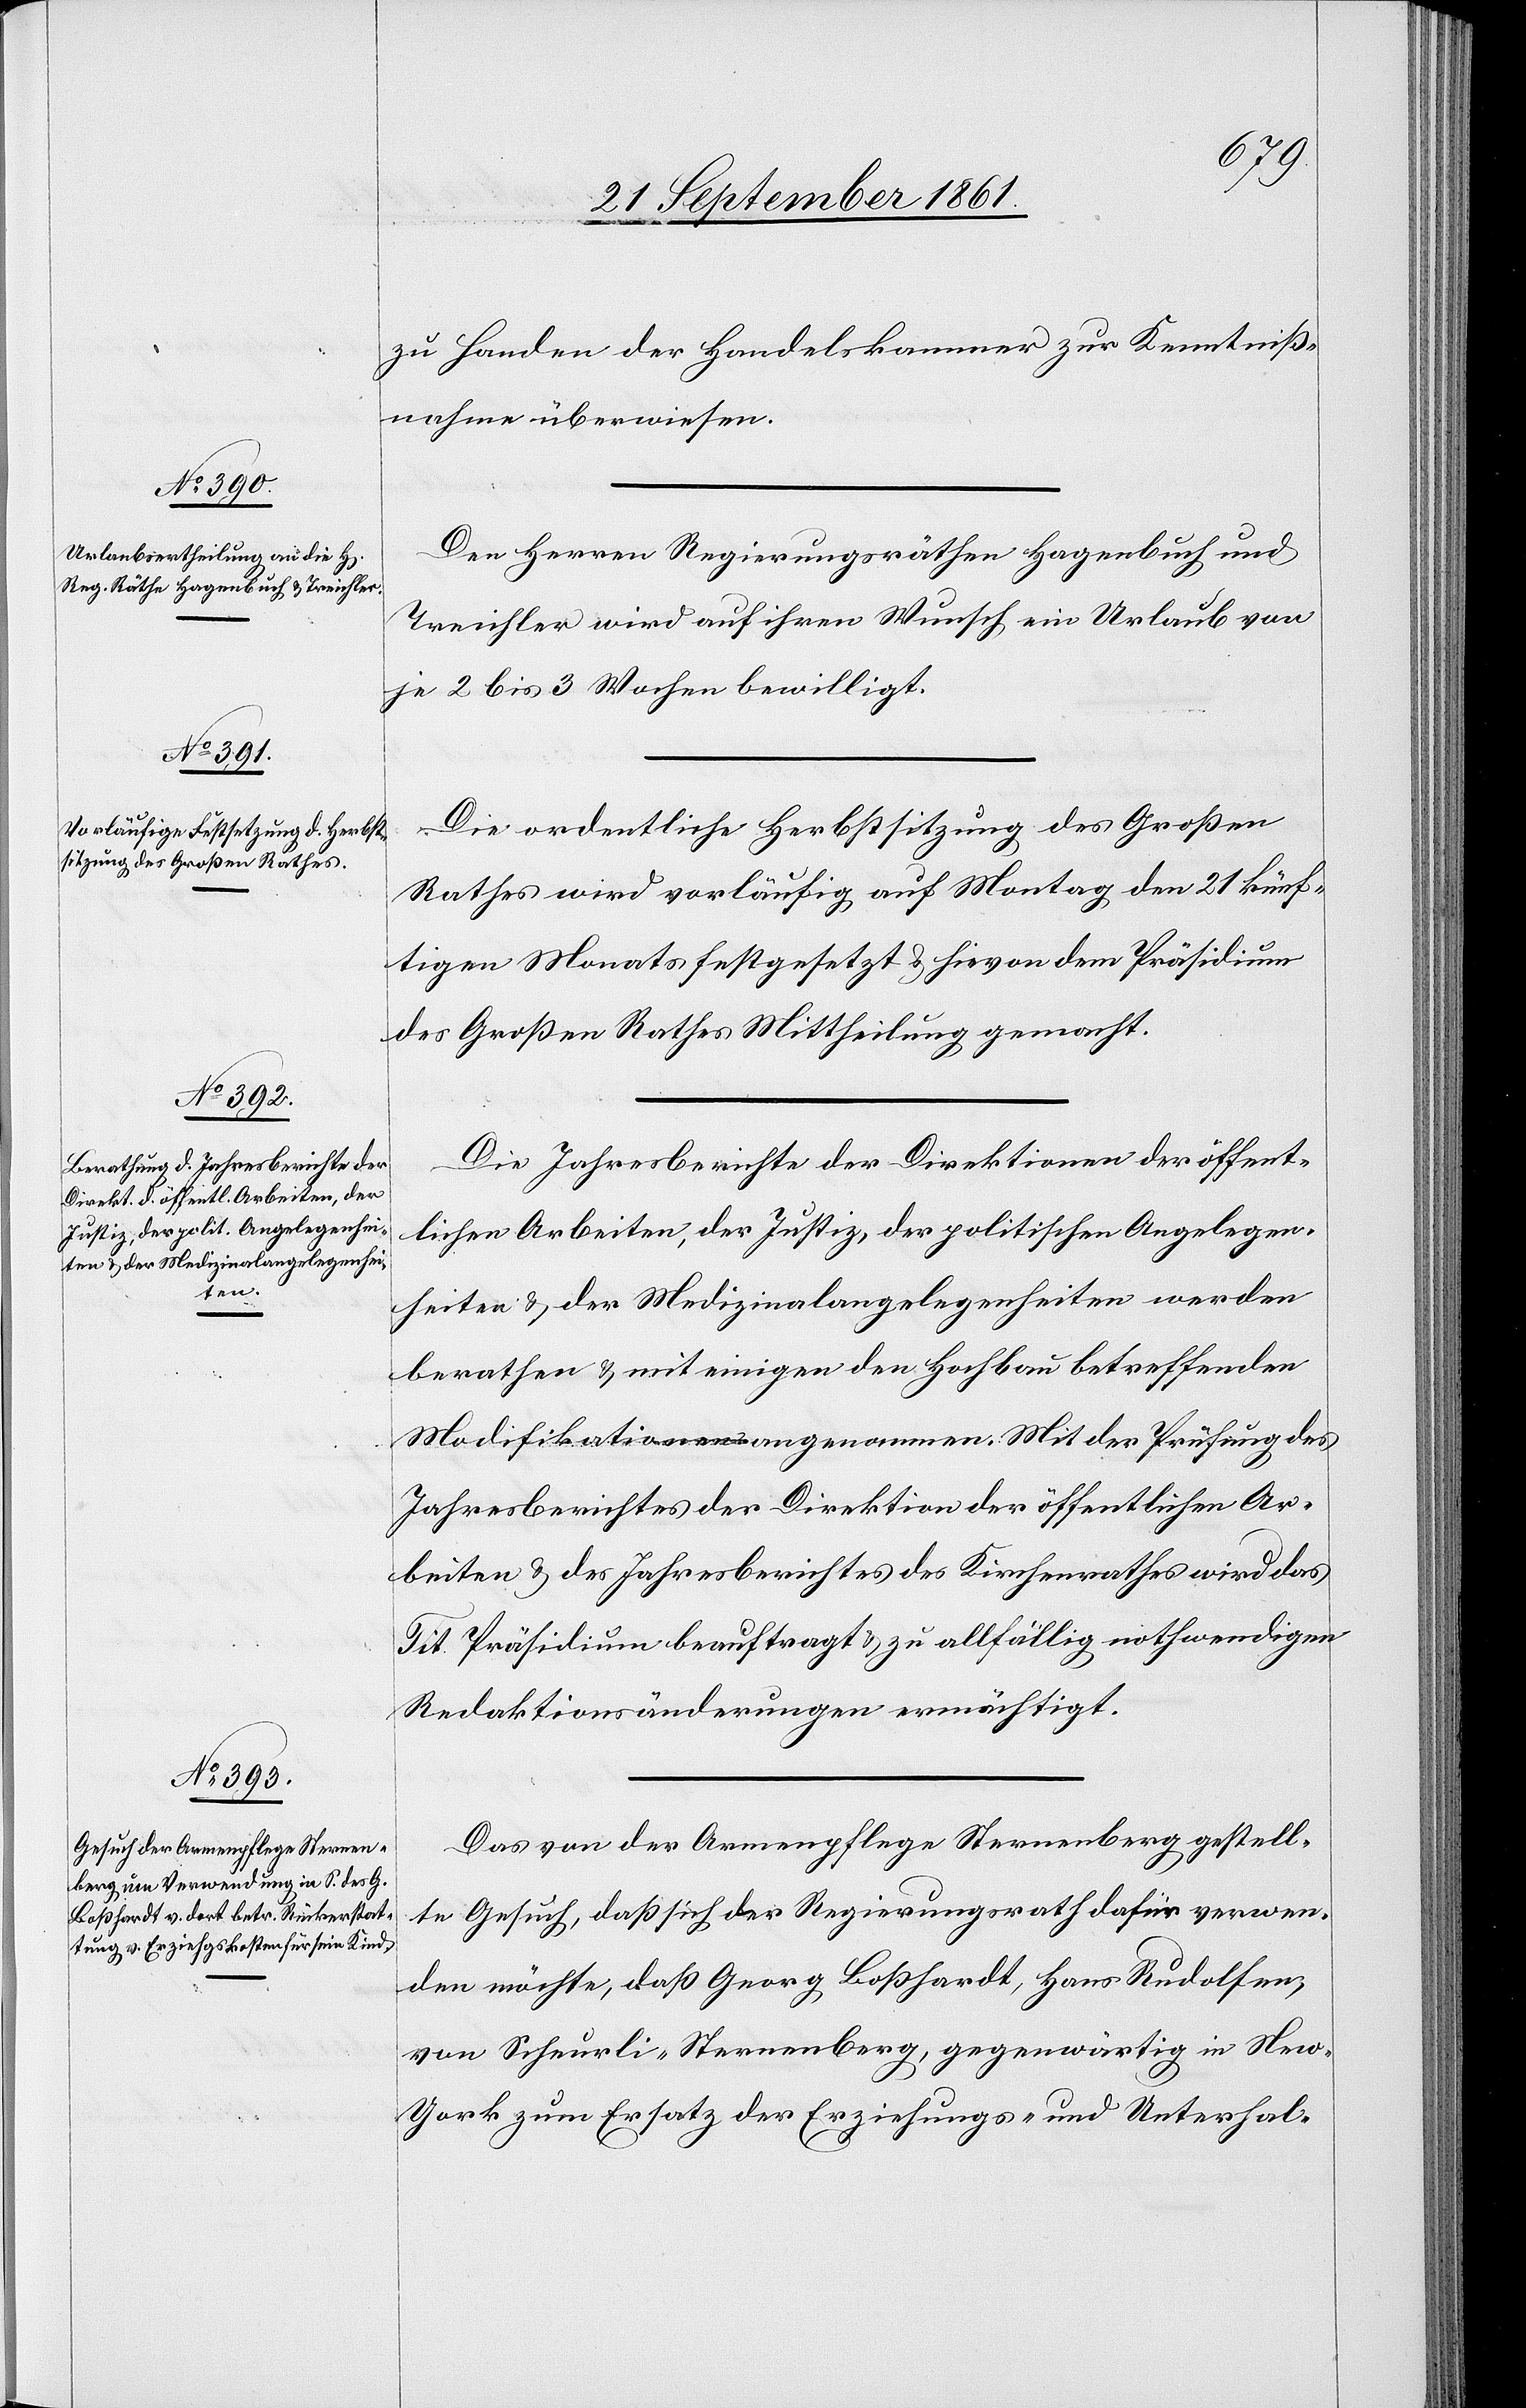
zu Handen der Handelskammer zur Kenntniß¬
nahme überwiesen.
Den Herren Regierungsräthen Hagenbuch und
Treichler wird auf ihren Wunsch ein Urlaub von
je 2 bis 3 Wochen bewilligt.
Die ordentliche Herbstsitzung des Großen
Rathes wird vorläufig auf Montag den 21 künf¬
tigen Monats festgesetzt u. hievon dem Präsidium
des Großen Rathes Mittheilung gemacht.
Die Jahresberichte der Direktionen der öffent¬
lichen Arbeiten, der Justiz, der politischen Angelegen¬
heiten u. der Medizinalangelegenheiten werden
berathen u. mit einigen den Hochbau betreffenden
Modifikationen angenommen. Mit der Prüfung des
Jahresberichtes der Direktion der öffentlichen Ar¬
beiten u. des Jahresberichtes des Kirchenrathes wird das
Tit. Präsidium beauftragt u. zu allfällig nothwendigen
Redaktionsänderungen ermächtigt.
Das von der Armenpflege Sternenberg gestell¬
te Gesuch, daß sich der Regierungsrath dafür verwen¬
den möchte, daß Georg Boßhardt, Hans Rudolfen,
von Scheurli-Sternenberg, gegenwärtig in Ne¬
w-York zum Ersatz der Erziehungs- und Unterhal-